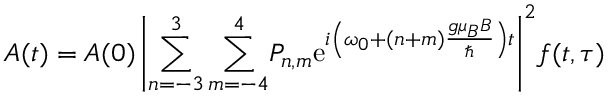
A ( t ) = A ( 0 ) \left\vert \sum _ { n = - 3 } ^ { 3 } \sum _ { m = - 4 } ^ { 4 } \! P _ { n , m } \mathrm { e } ^ { i \left( \omega _ { 0 } + ( n + m ) \frac { g \mu _ { B } B } { \hbar } \right) t } \right\vert ^ { 2 } \! f ( t , \tau )